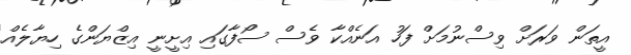
އީތަން ވަރަށް ވިސްނުމަށް ފަހު އަނެއްކާ ވެސް ސޯފާގައި އިށީނީ އިޒްޔަންގެ ހިޔާލެއް